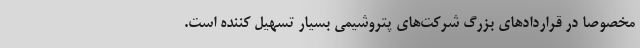
مخصوصا در قراردادهای بزرگ شرکت‌های پتروشیمی بسیار تسهیل کننده است.